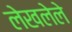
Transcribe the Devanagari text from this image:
लेखलेले